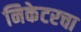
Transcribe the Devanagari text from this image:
निकेटरचा